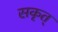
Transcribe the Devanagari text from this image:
सकृत्